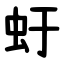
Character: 虶